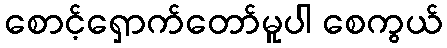
စောင့်ရှောက်တော်မူပါ စေကွယ်